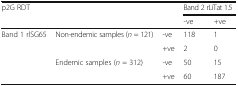
| <ROWSPAN=2-COLSPAN=3> p2G RDT | <COLSPAN=2> Band 2 rLiTat 1.5 |
 | -ve | +ve |
 | --- | --- | --- | --- | --- |
 | <ROWSPAN=3> Band 1 rlSG65 | <ROWSPAN=2> Non-endemic samples (n = 121) | -ve | 118 | 1 |
 | +ve | 2 | 0 |
 | Endemic samples (n = 312) | -ve | 50 | 15 |
 |  |  | +ve | 60 | 187 |